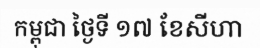
កម្ពុជា ថ្ងៃទី ១៧ ខែសីហា